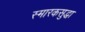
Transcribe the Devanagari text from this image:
स्मारकसुद्धा